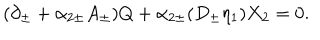
( \partial _ { \pm } + \alpha _ { 2 \pm } A _ { \pm } ) Q + \alpha _ { 2 \pm } ( D _ { \pm } \eta _ { 1 } ) X _ { 2 } = 0 .